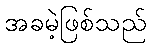
အခမဲ့ဖြစ်သည်